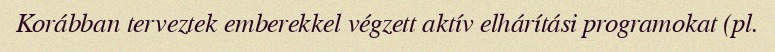
Korábban terveztek emberekkel végzett aktív elhárítási programokat (pl.